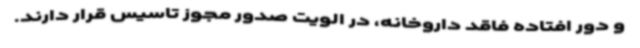
و دور افتاده فاقد داروخانه، در الویت صدور مجوز تاسیس قرار دارند.